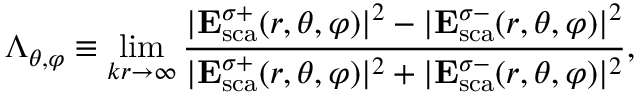
\Lambda _ { \theta , \varphi } \equiv \operatorname* { l i m } _ { k r \rightarrow \infty } \frac { | \mathbf { E } _ { \mathrm { { s c a } } } ^ { \sigma + } ( r , \theta , \varphi ) | ^ { 2 } - | \mathbf { E } _ { \mathrm { { s c a } } } ^ { \sigma - } ( r , \theta , \varphi ) | ^ { 2 } } { | \mathbf { E } _ { \mathrm { { s c a } } } ^ { \sigma + } ( r , \theta , \varphi ) | ^ { 2 } + | \mathbf { E } _ { \mathrm { { s c a } } } ^ { \sigma - } ( r , \theta , \varphi ) | ^ { 2 } } ,